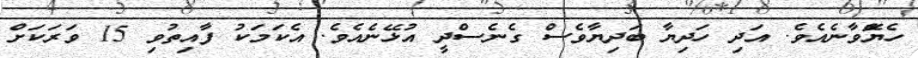
ހެޔޮްވާނެއެވެ. އަދި ހަދިޔާ ބަދިޔާވެސް ގެނެސްދީ އުޅޭނެއެވެ. އެކަމަކު ފާއިތުވި 15 ވަރަކަށް